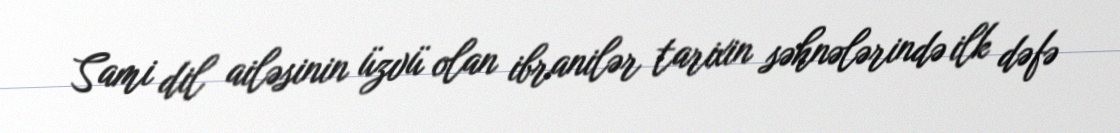
Sami dil ailəsinin üzvü olan ibranilər tarixin səhnələrində ilk dəfə